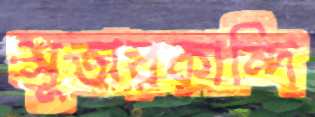
সুতারকান্দি